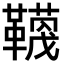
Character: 𮧬